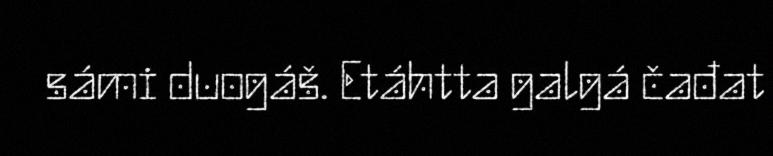
sámi duogáš. Etáhtta galgá čađat